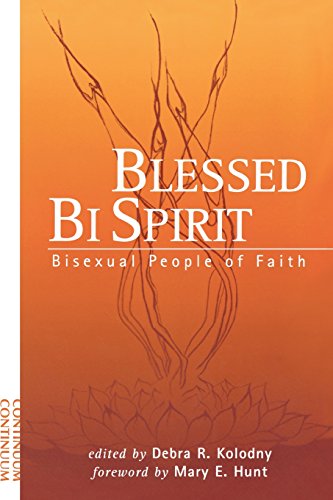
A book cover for Blessed Bi Spirit: Bisexual People of Faith; Gay & Lesbian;